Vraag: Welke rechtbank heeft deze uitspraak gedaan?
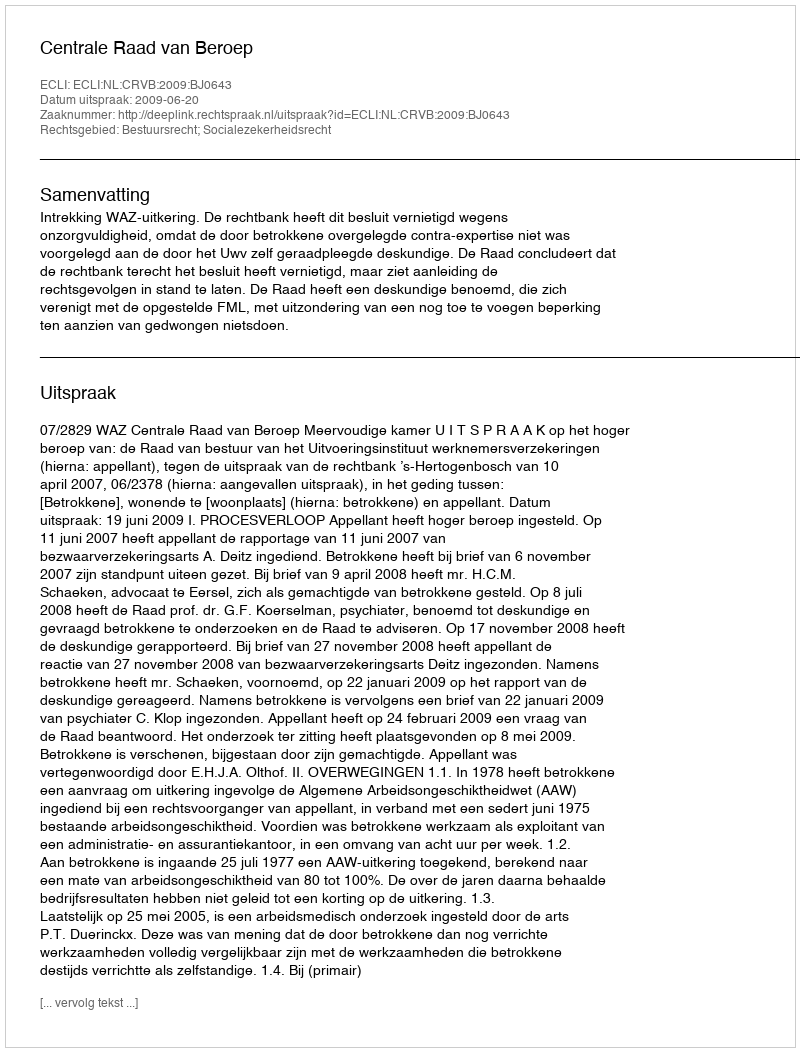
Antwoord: Centrale Raad van Beroep